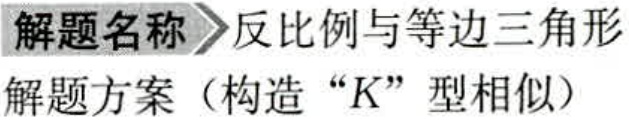
解题名称 \(\rightharpoonup\) 反比例与等边三角形
解题方案（构造 “\(K\)” 型相似）